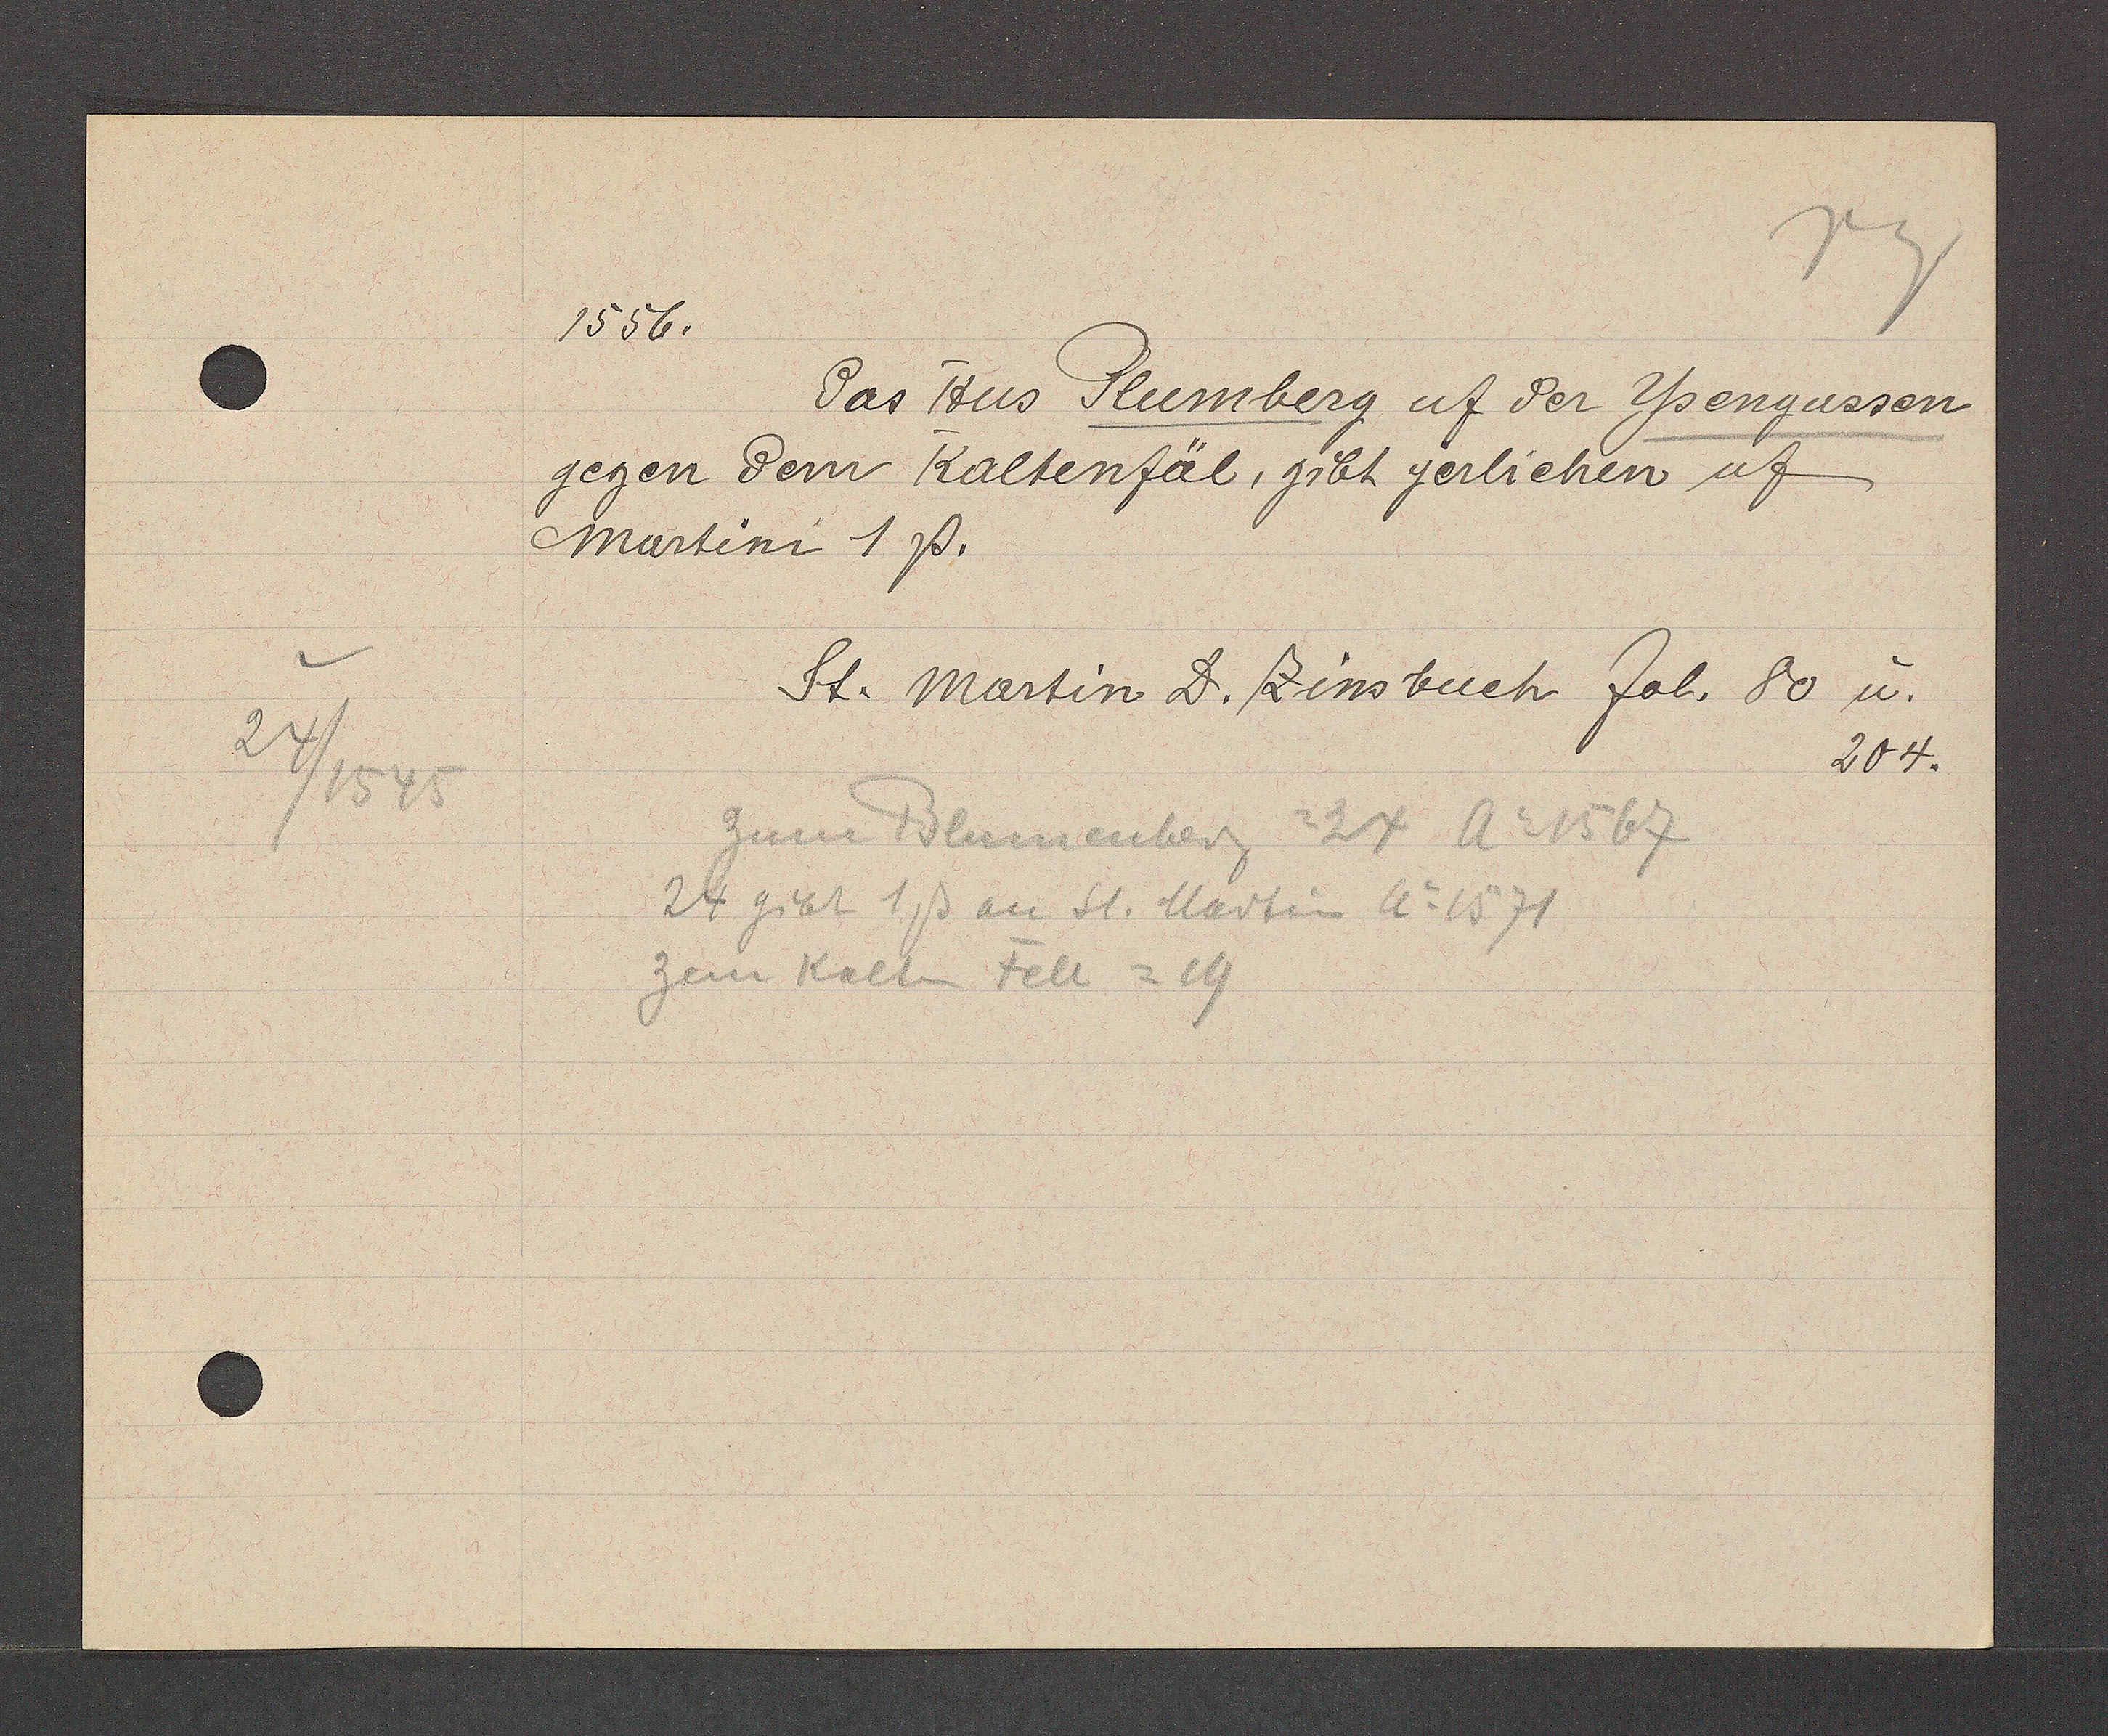
Transcript:
24/1545

1556.
Das Hus Plumberg uf der Ysengassen
gegen dem Kaltenfäl, gibt jerlichen uf
Martini 1ß.
St. Martin D. Zinsbuch fol. 80 u.
204.
Zum Blumenberg = 24 Ao 1567
24 gibt 1ß an St. Martin Ao 1571
zem Kalten Fell = 19